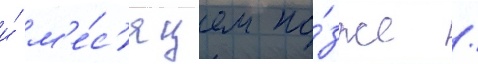
и́ м'е́с'яцем по́зже /